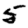
Digit: 5